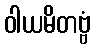
ဝါယမိတဗ္ဗံ